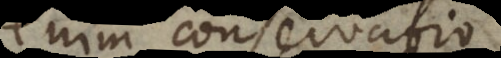
enim conservatio,